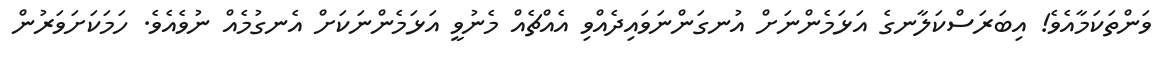
ވަންތަކަމާއެވެ! އިބަރަސްކަލާނގެ އަޅަމެންނަށް އުނގަންނަވައިދެއްވި އެއްޗެއް މެނުވީ އަޅަމެންނަކަށް އެނގުމެއް ނުވެއެވެ. ހަމަކަށަވަރުން